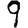
Digit: 9